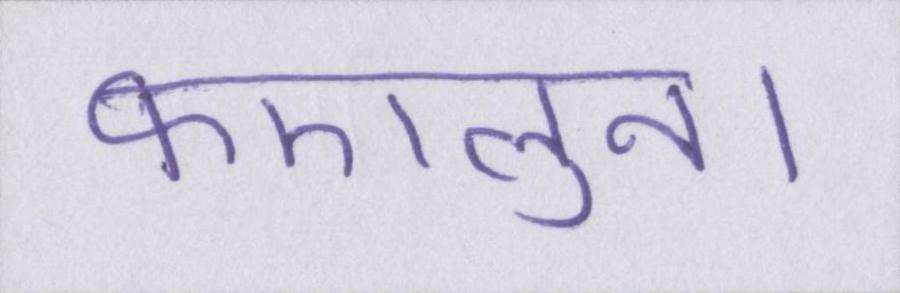
फएलुन।